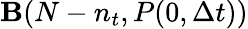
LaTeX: {\mathbf B}(N-n_{t},P(0,\Delta t))